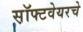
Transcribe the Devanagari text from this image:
स़ॉफ्टवेयरचे